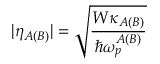
| \eta _ { A ( B ) } | = \sqrt { \frac { W \kappa _ { A ( B ) } } { \hbar \omega _ { p } ^ { A ( B ) } } }